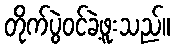
တိုက်ပွဲဝင်ခဲ့ဖူးသည်။